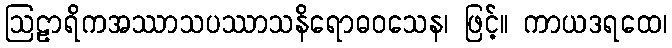
ဩဠာရိကအဿာသပဿာသနိရောဓဝသေန၊ ဖြင့်။ ကာယဒရထေ၊